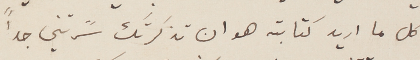
كل ما اريد كتابته هو ان تذكرتك سًرتني جداً